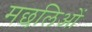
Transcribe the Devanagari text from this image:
मछलिओं